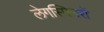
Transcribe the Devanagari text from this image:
लेगस्पिनरों